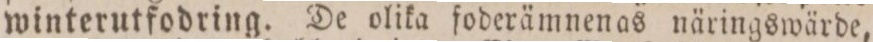
winterutfodring. De olika foderämnenas näringswärde,